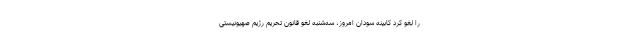
را لغو کرد کابینه سودان امروز، سه‌شنبه لغو قانون تحریم رژیم صهیونیستی